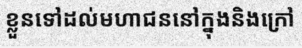
ខ្លួនទៅដល់មហាជននៅក្នុងនិងក្រៅ